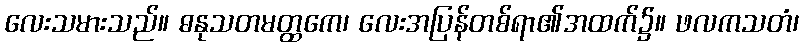
လေးသမားသည်။ ဓနုသတမတ္ထကေ၊ လေးအပြန်တစ်ရာ၏အထက်၌။ ဖလကသတံ၊